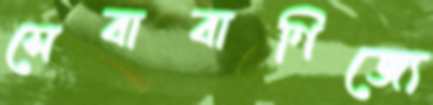
সেবাবাণিজ্যে